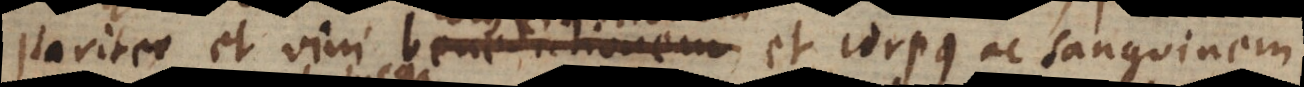
pariter et vini benedictionem,, et corpus ac sanguinem